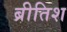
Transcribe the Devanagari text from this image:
ब्रीतिश